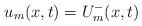
LaTeX: \begin{align*}u_m(x,t)&=U_m^-(x,t) \end{align*}